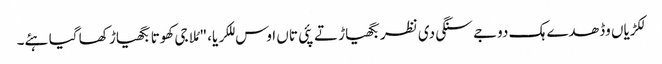
لکڑیاں وڈھدے ہک دوجے سنگی دی نظر بگھیاڑ تے پئی تاں اوس للکریا، "مُلا جی کھوتا بگھیاڑ کھا گیا ہئے۔